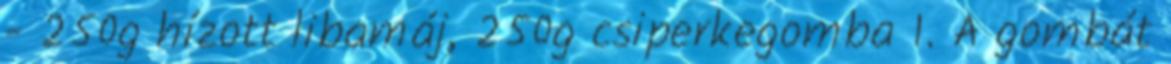
- 250g hízott libamáj, 250g csiperkegomba 1. A gombát